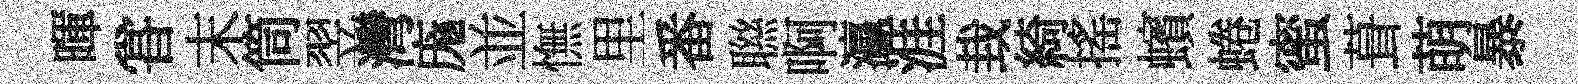
暉甞末筒翌灣庬並憮里番聮啊瀛涯㘽綺搖蠙蜷蜜葺萌暴